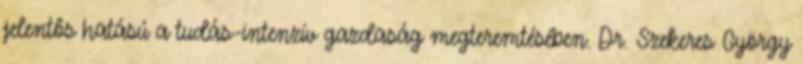
jelentôs hatású a tudás-intenzív gazdaság megteremtésében. Dr. Szekeres György